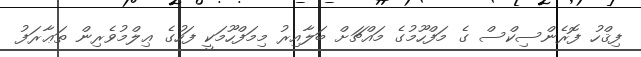
ފިޤްހު ފޮރެންސިކްސް ގެ މަފްހޫމުގެ މައްޗަށް ބަލާއިރު މިމަފްހޫމަކީ ފަހުގެ ޢިލްމުވެރިން ތަޢާރަފު